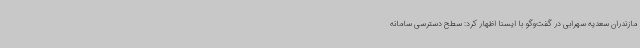
مازندران سعدیه سهرابی در گفت‌وگو با ایسنا اظهار کرد: سطح دسترسی سامانه